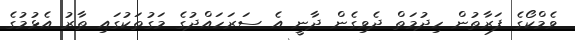
ވެމްކޯގެ ފަރާތުން ހިދުމަތް ދެވިގެން ދާނީ އެ ސަރަހައްދުގެ މަގުތަކުގައި ތާރު އެޅުމުގެ